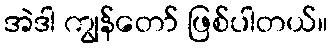
အဲဒါ ကျွန်တော် ဖြစ်ပါတယ်။